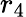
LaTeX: r_{4}